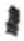
אות: י